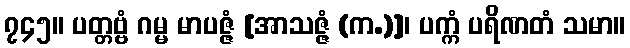
၇၄၅။ ပတ္တဗ္ဗံ ဂမ္မ မာပဇ္ဇံ [အာသဇ္ဇံ (က.)]၊ ပက္ကံ ပရိဏတံ သမာ။